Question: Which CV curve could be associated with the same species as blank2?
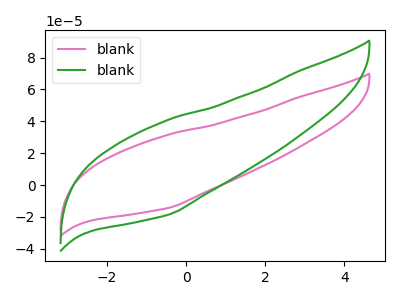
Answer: <think>The pink curve "blank1" has no peaks. The green curve "blank2" has no peaks.
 Neither "blank1" or "blank2" have any peaks.</think>
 <answer>The CV with the most similar shape to "blank1" is "blank2".</answer>
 <eval>"blank2"</eval>